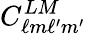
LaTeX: C_{\ell m\ell^{\prime}m^{\prime}}^{LM}